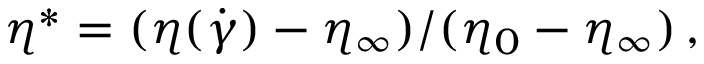
\eta ^ { * } = ( \eta ( \dot { \gamma } ) - \eta _ { \infty } ) / ( \eta _ { 0 } - \eta _ { \infty } ) \, ,